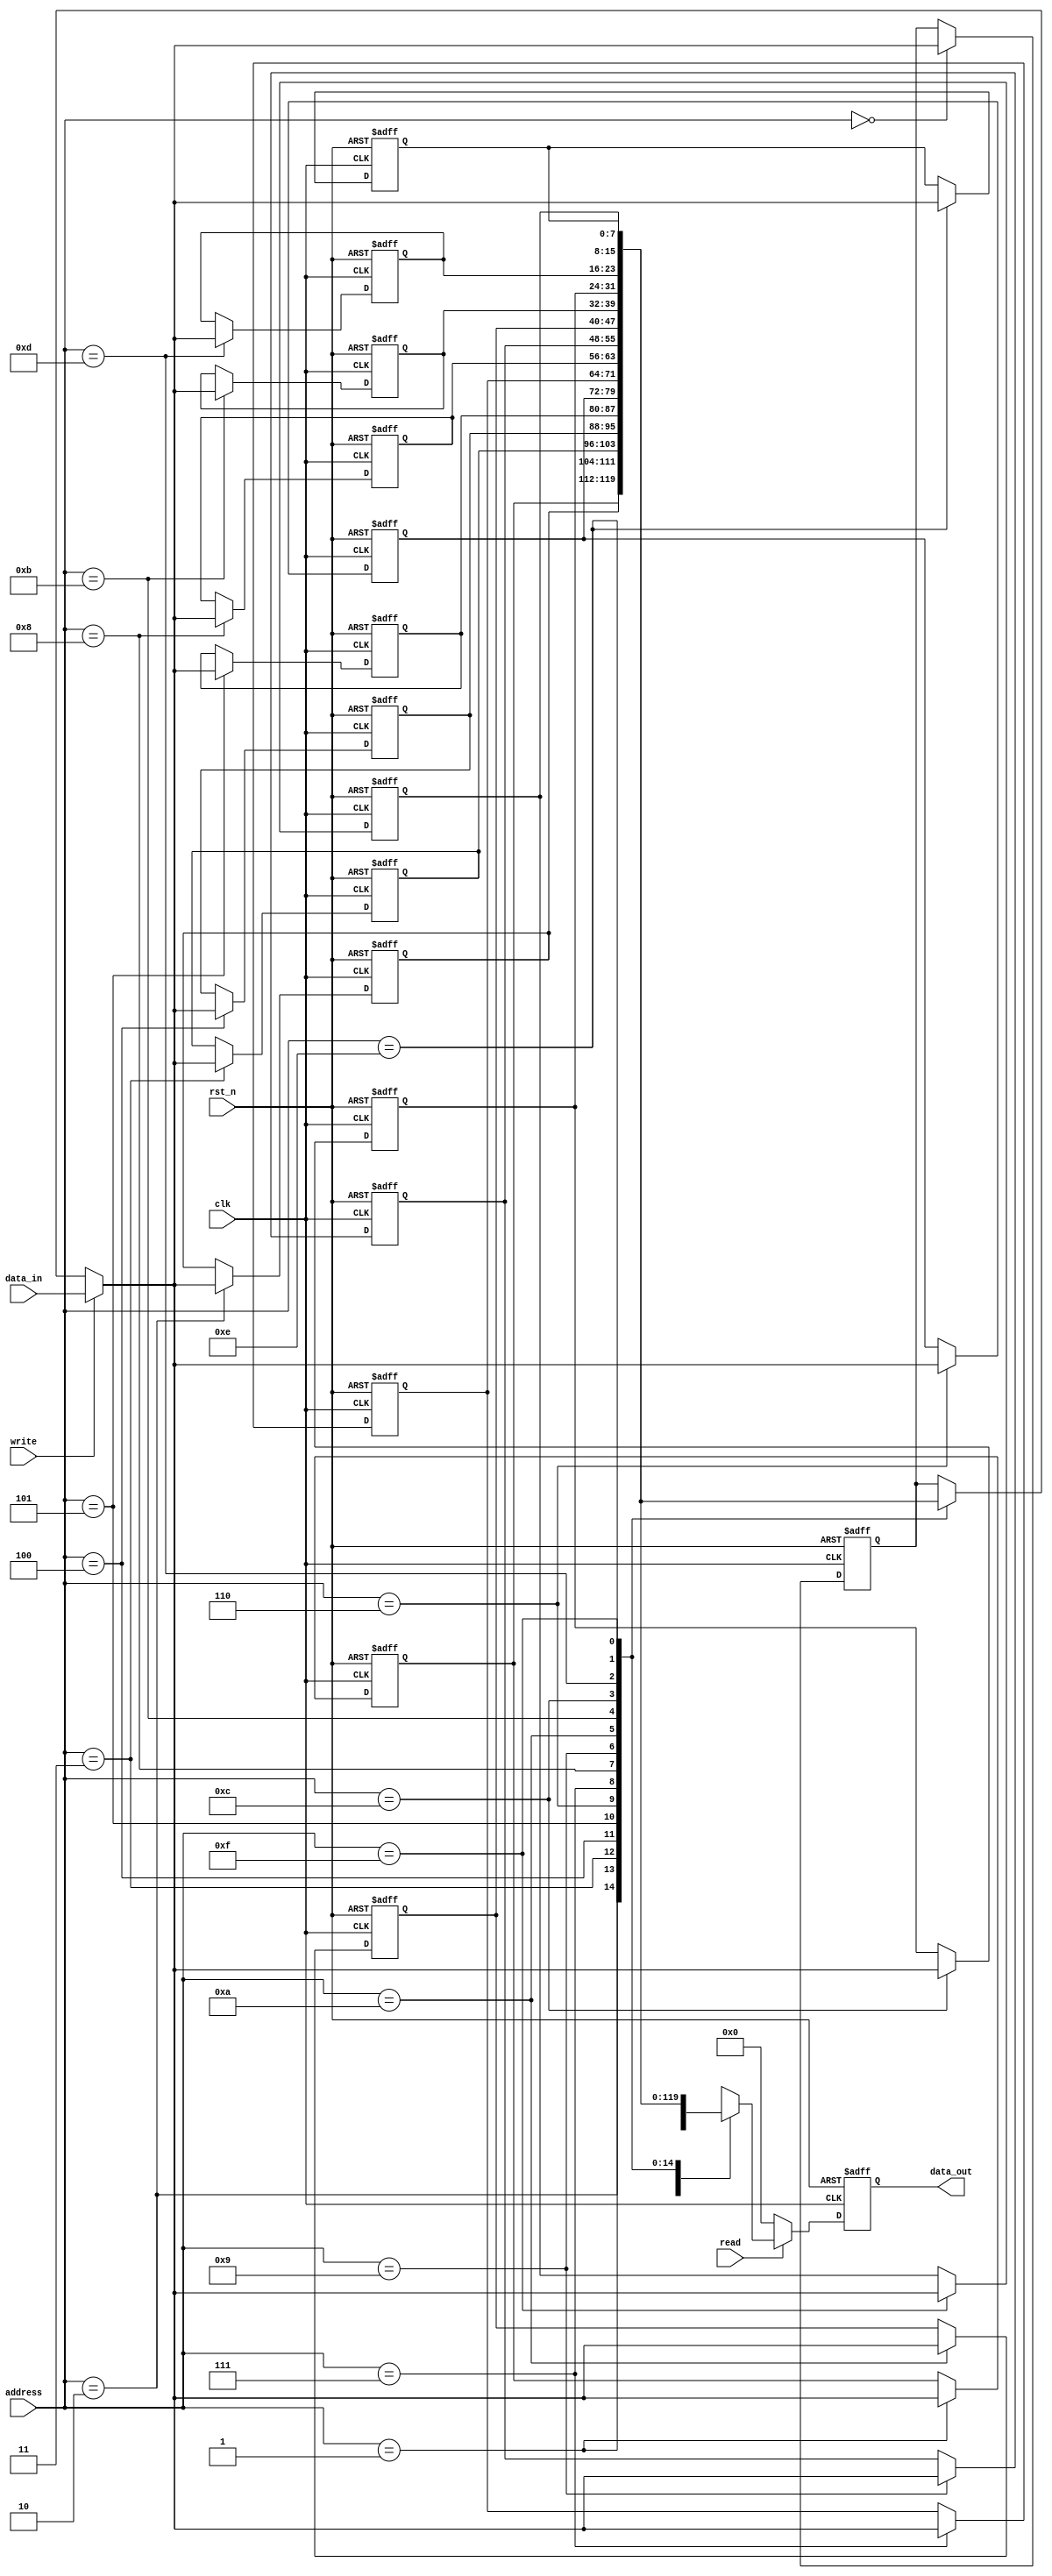
module spi_mem(
	input  wire clk,
	input  wire rst_n,
	input  wire write,
	input  wire read,
	input  wire [3:0] address,
  input  wire [7:0] data_in,
	output reg  [7:0] data_out
	);

integer i;
reg [7:0] mem[0:15];


always @(posedge clk or negedge rst_n) begin
  if(!rst_n) begin
    for (i = 0; i <= 15; i = i + 1) mem[i] <= 8'b0;
    data_out <= 8'b0;
  end
  else begin
    mem[address] <= write?data_in:mem[address];
    data_out     <= read?mem[address]:8'b0;
  end
end
endmodule